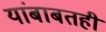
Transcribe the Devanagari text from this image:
यांबाबतही